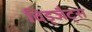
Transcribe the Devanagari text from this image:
विड्जैट्स